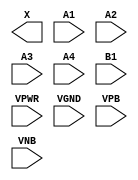
/**
 * Copyright 2020 The SkyWater PDK Authors
 *
 * Licensed under the Apache License, Version 2.0 (the "License");
 * you may not use this file except in compliance with the License.
 * You may obtain a copy of the License at
 *
 *     https://www.apache.org/licenses/LICENSE-2.0
 *
 * Unless required by applicable law or agreed to in writing, software
 * distributed under the License is distributed on an "AS IS" BASIS,
 * WITHOUT WARRANTIES OR CONDITIONS OF ANY KIND, either express or implied.
 * See the License for the specific language governing permissions and
 * limitations under the License.
 *
 * SPDX-License-Identifier: Apache-2.0
 */

`ifndef SKY130_FD_SC_HD__A41O_PP_BLACKBOX_V
`define SKY130_FD_SC_HD__A41O_PP_BLACKBOX_V

/**
 * a41o: 4-input AND into first input of 2-input OR.
 *
 *       X = ((A1 & A2 & A3 & A4) | B1)
 *
 * Verilog stub definition (black box with power pins).
 *
 * WARNING: This file is autogenerated, do not modify directly!
 */

`timescale 1ns / 1ps
`default_nettype none

(* blackbox *)
module sky130_fd_sc_hd__a41o (
    X   ,
    A1  ,
    A2  ,
    A3  ,
    A4  ,
    B1  ,
    VPWR,
    VGND,
    VPB ,
    VNB
);

    output X   ;
    input  A1  ;
    input  A2  ;
    input  A3  ;
    input  A4  ;
    input  B1  ;
    input  VPWR;
    input  VGND;
    input  VPB ;
    input  VNB ;
endmodule

`default_nettype wire
`endif  // SKY130_FD_SC_HD__A41O_PP_BLACKBOX_V